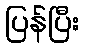
ပြန်ပြီး